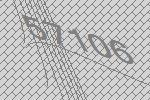
57106